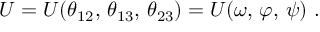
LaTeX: U = U ( \theta _ { 1 2 } , \, \theta _ { 1 3 } , \, \theta _ { 2 3 } ) = U ( \omega , \, \varphi , \, \psi ) \ .